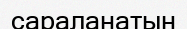
сараланатын